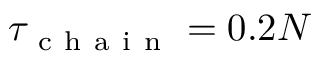
\tau _ { \mathrm { ~ c ~ h ~ a ~ i ~ n ~ } } = 0 . 2 N